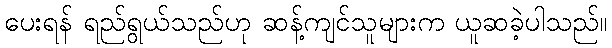
ပေးရန် ရည်ရွယ်သည်ဟု ဆန့်ကျင်သူများက ယူဆခဲ့ပါသည်။